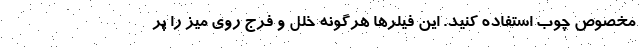
مخصوص چوب استفاده کنید. این فیلرها هرگونه خلل و فرج روی میز را پر